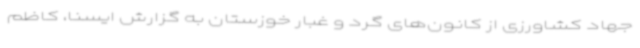
جهاد کشاورزی از کانون‌های گرد و غبار خوزستان به گزارش ایسنا، کاظم